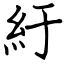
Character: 紆